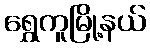
ရွှေကူမြို့နယ်